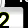
Digit: 2